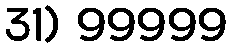
31) 99999